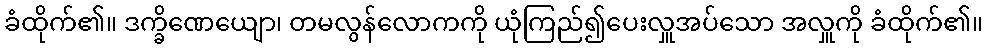
ခံထိုက်၏။ ဒက္ခိဏေယျော၊ တမလွန်လောကကို ယုံကြည်၍ပေးလှူအပ်သော အလှူကို ခံထိုက်၏။